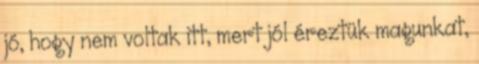
jó, hogy nem voltak itt, mert jól éreztük magunkat,